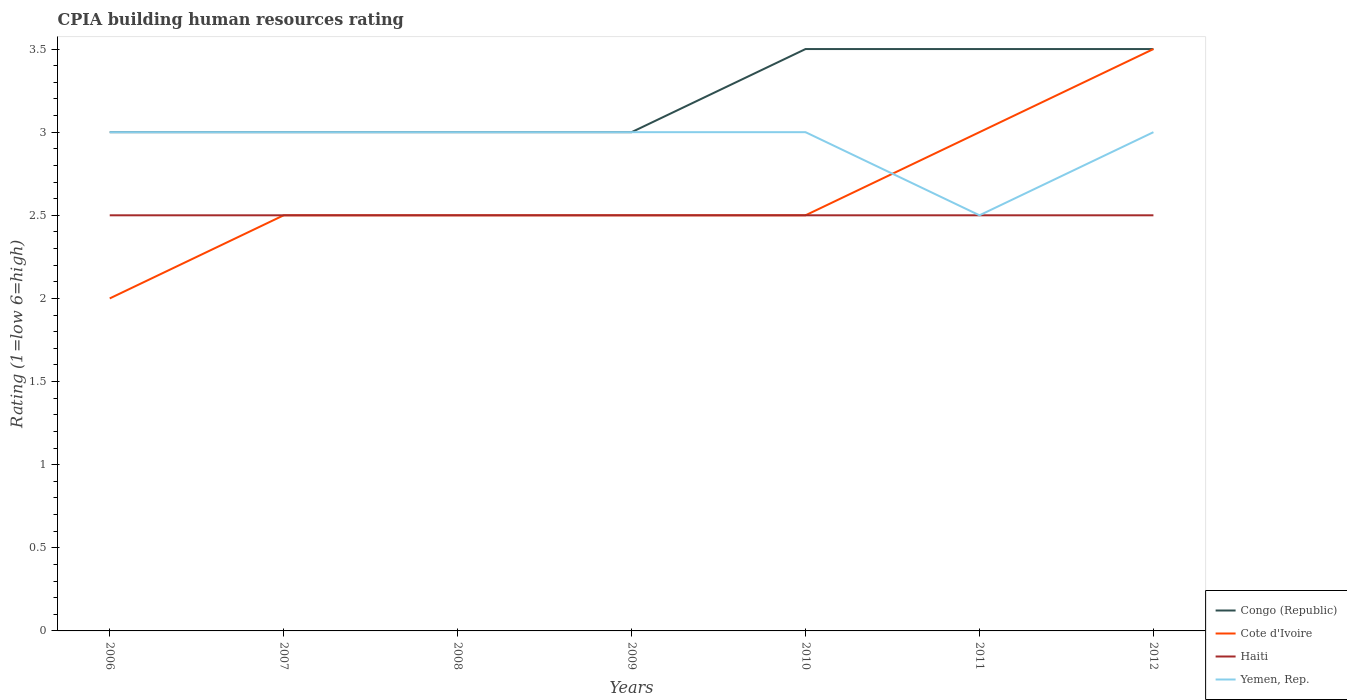
| Years | Congo (Republic) | Cote d'Ivoire | Haiti | Yemen, Rep. |
 | --- | --- | --- | --- | --- |
 | 2006 | 3 | 2 | 2.5 | 3 |
 | 2007 | 3 | 2.5 | 2.5 | 3 |
 | 2008 | 3 | 2.5 | 2.5 | 3 |
 | 2009 | 3 | 2.5 | 2.5 | 3 |
 | 2010 | 3.5 | 2.5 | 2.5 | 3 |
 | 2011 | 3.5 | 3 | 2.5 | 2.5 |
 | 2012 | 3.5 | 3.5 | 2.5 | 3 |